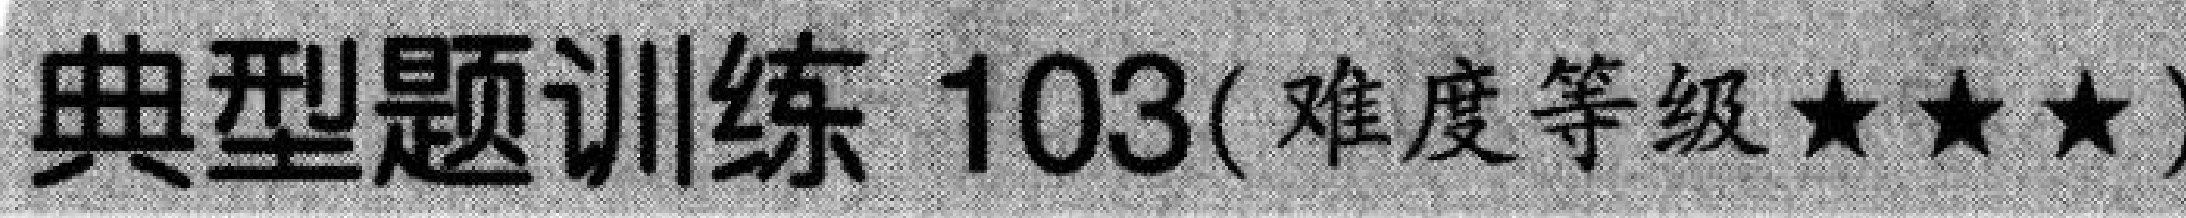
典型题训练 103(难度等级★★★)